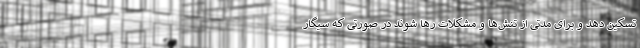
تسکین دهد و برای مدتی از تنش‌ها و مشکلات رها شوند در صورتی که سیگار